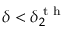
\delta < \delta _ { 2 } ^ { \textrm { t h } }